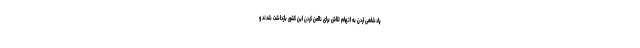
پادشاهی اردن به اتهام تلاش برای ناامن کردن این کشور بازداشت شدند و